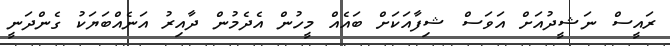
ރައީސް ނަޝީދުއަށް އަވަސް ޝިފާއަކަށް ބައެއް މީހުން އެދެމުން ދާއިރު އަނެއްބަޔަކު ގެންދަނީ